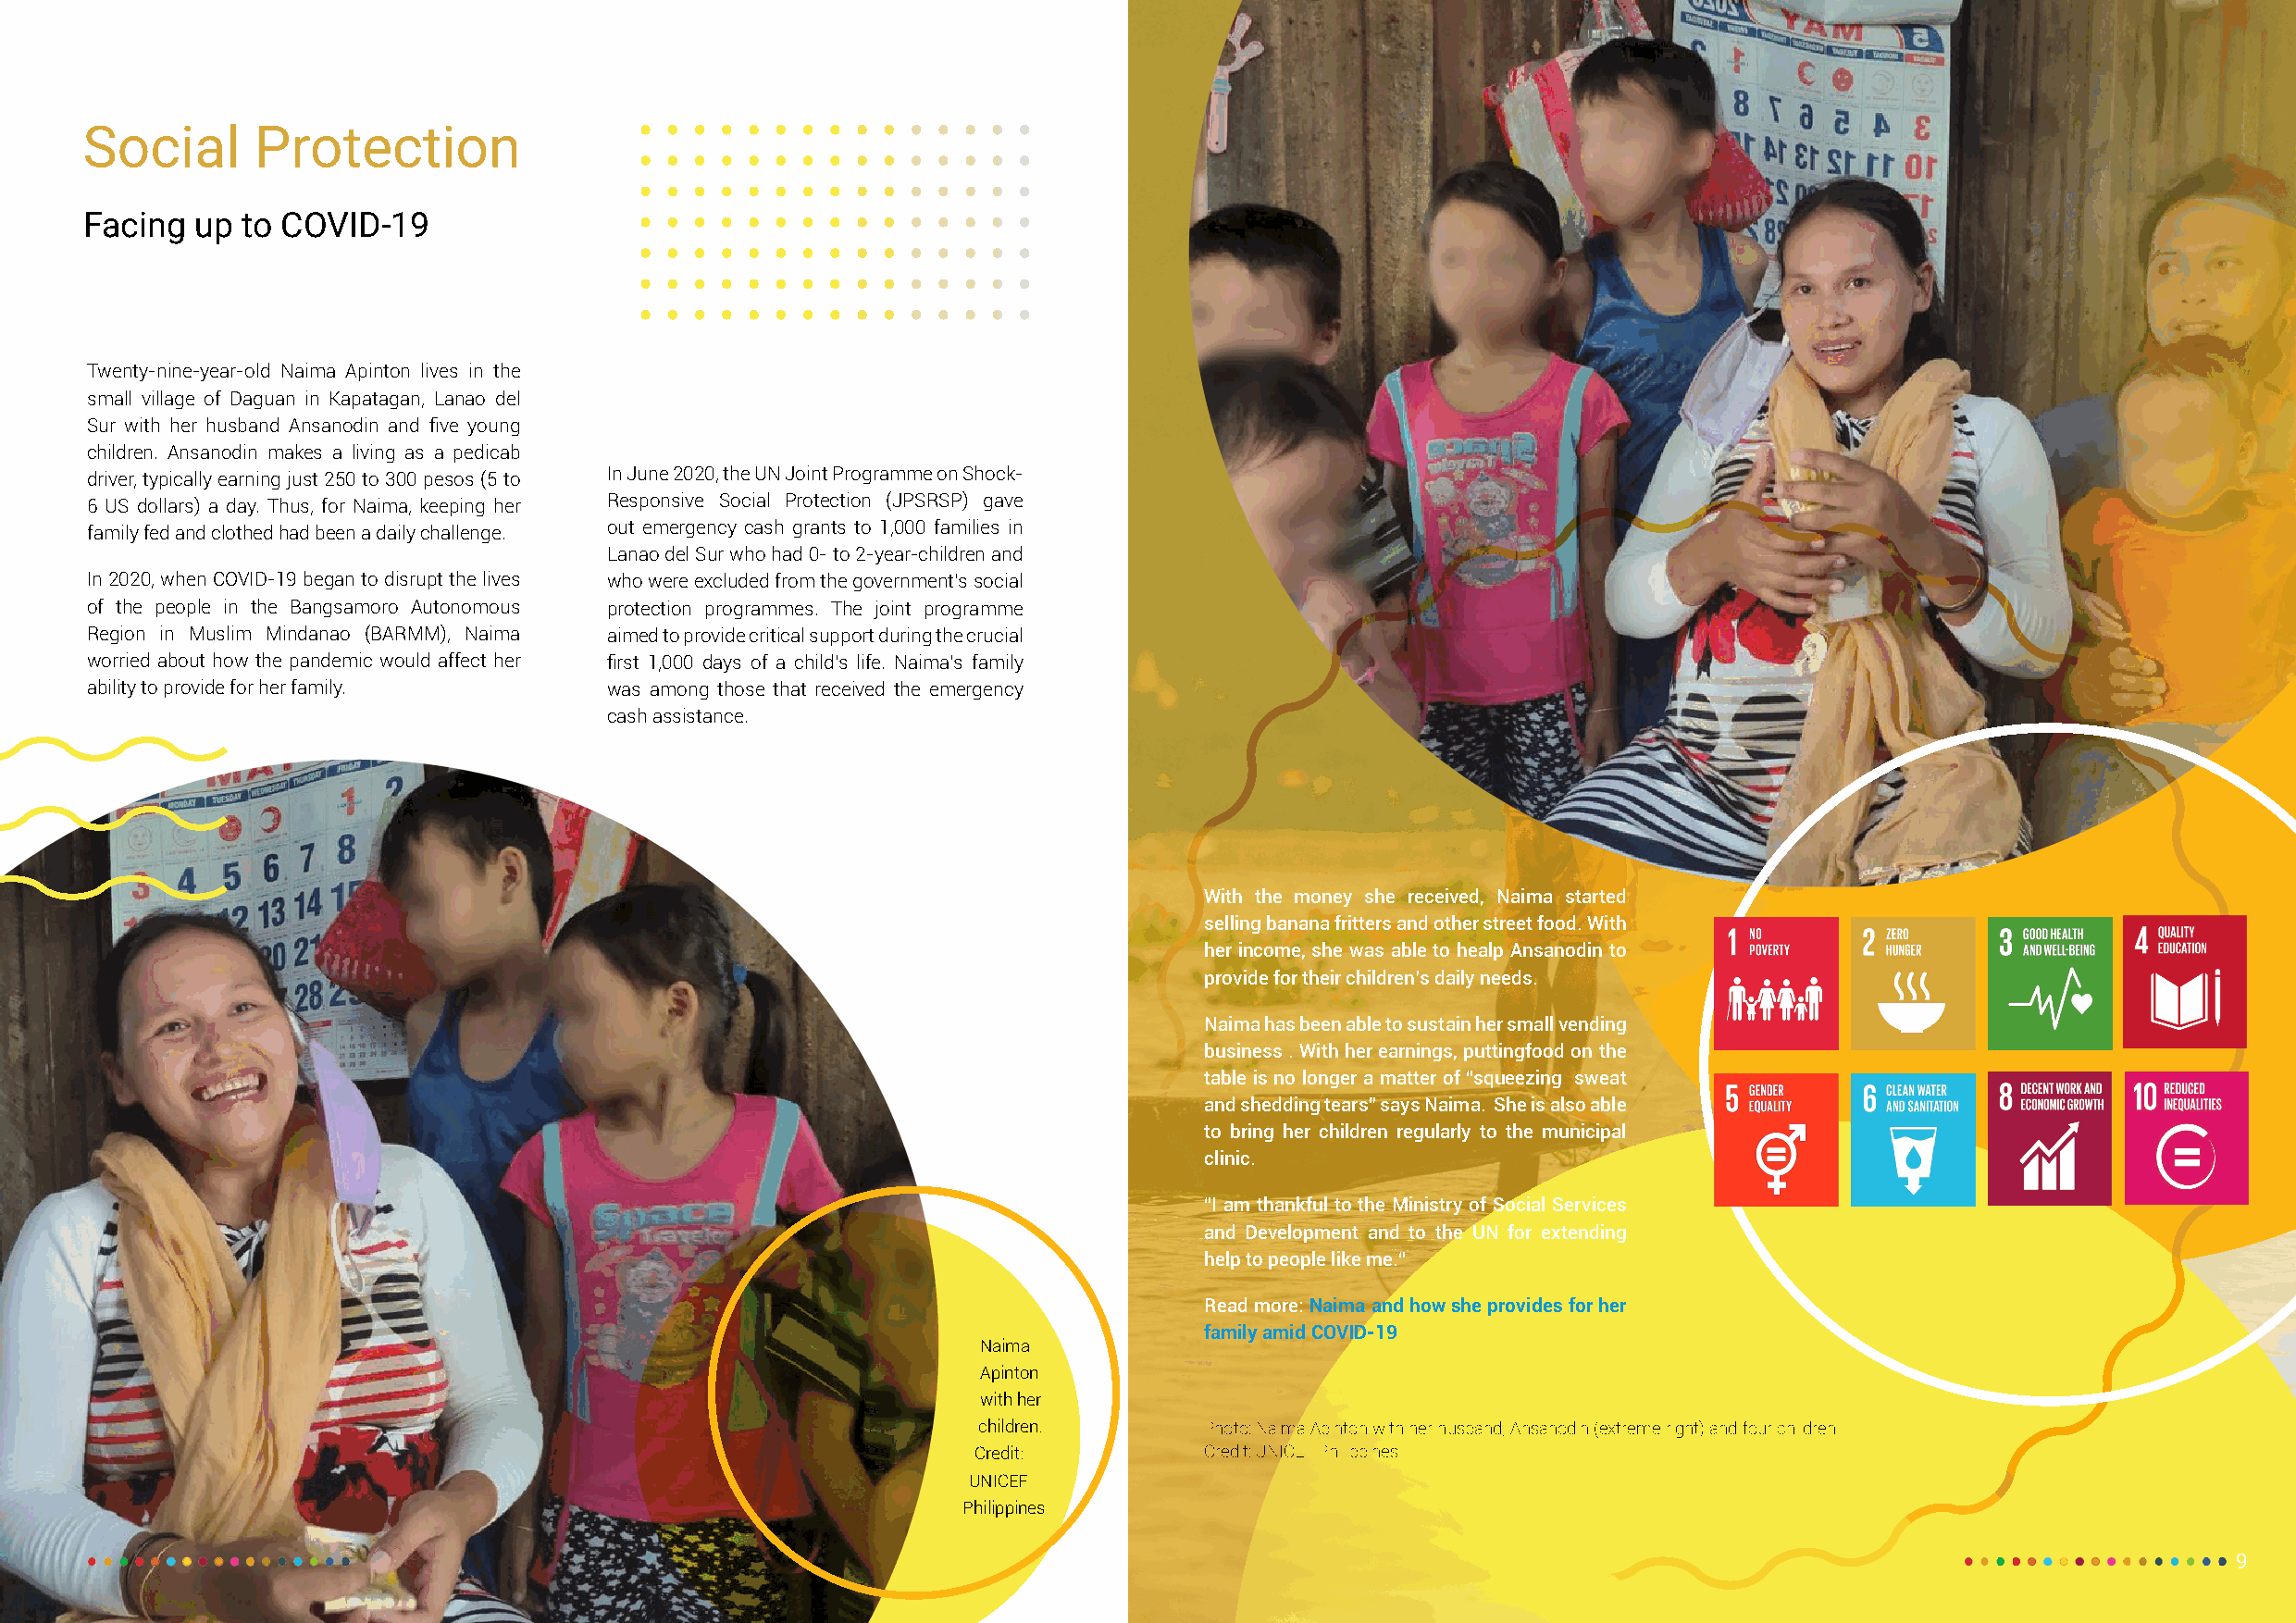
Social      Protection
 Facing  up to COVID-19
 would lead to increased agricultural productivity and
 income-generating capacity as well as improved
 food quality and safety for consumers.
 Twenty-nine-year-old Naima Apinton lives in the
 small village of Daguan in Kapatagan, Lanao del
 Sur with her husband Ansanodin and five young
 children. Ansanodin makes a living as a pedicab
 driver, typically earning just 250 to 300 pesos (5 to In June 2020, the UN Joint Programme on Shock-
 6 US dollars) a day. Thus, for Naima, keeping her Responsive Social Protection (JPSRSP) gave
 family fed and clothed had been a daily challenge. out emergency cash grants to 1,000 families in
 Lanao del Sur who had 0- to 2-year-children and
 In 2020, when COVID-19 began to disrupt the lives who were excluded from the government’s social
 of the people in the Bangsamoro Autonomous protection programmes. The joint programme
 Region in Muslim Mindanao (BARMM), Naima aimed to provide critical support during the crucial
 worried about how the pandemic would affect her first 1,000 days of a child’s life. Naima’s family
 ability to provide for her family.   was among those that received the emergency
 cash assistance.
 With the money she received, Naima started
 selling banana fritters and other street food. With
 her income, she was able to healp Ansanodin to
 provide for their children’s daily needs.
 Naima has been able to sustain her small vending
 business . With her earnings, puttingfood on the
 table is no longer a matter of “squeezing sweat
 and shedding tears” says Naima. She is also able
 to bring her children regularly to the municipal
 clinic.
 “I am thankful to the Ministry of Social Services
 and Development and to the UN for extending
 help to people like me.“
 Read more: Naima and how she provides for her
 family amid COVID-19
 Naima
 Apinton
 with her
 children.       Photo: Naima Apinton with her husband, Ansanodin (extreme right) and four children.
 Credit:         Credit: UNICEF Philippines
 UNICEF
 Philippines
 8                                                                                                                                                          99
 ••••••• ••••••• ••••••• ••••••• ••••••• ••••••• ••••••• ••••••• ••••••• ••••••• ••••••• ••••••• ••••••• ••••••• •••••••